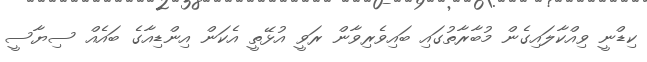
ކިޑްނީ ވިއްކާލައިގެން މުބާރާތުގައި ބައިވެރިވާން ރަވީ އުޅޭތީ އެކަން އިންޑިއާގެ ބައެއް ސިޔާސީ